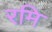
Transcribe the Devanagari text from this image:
रमि